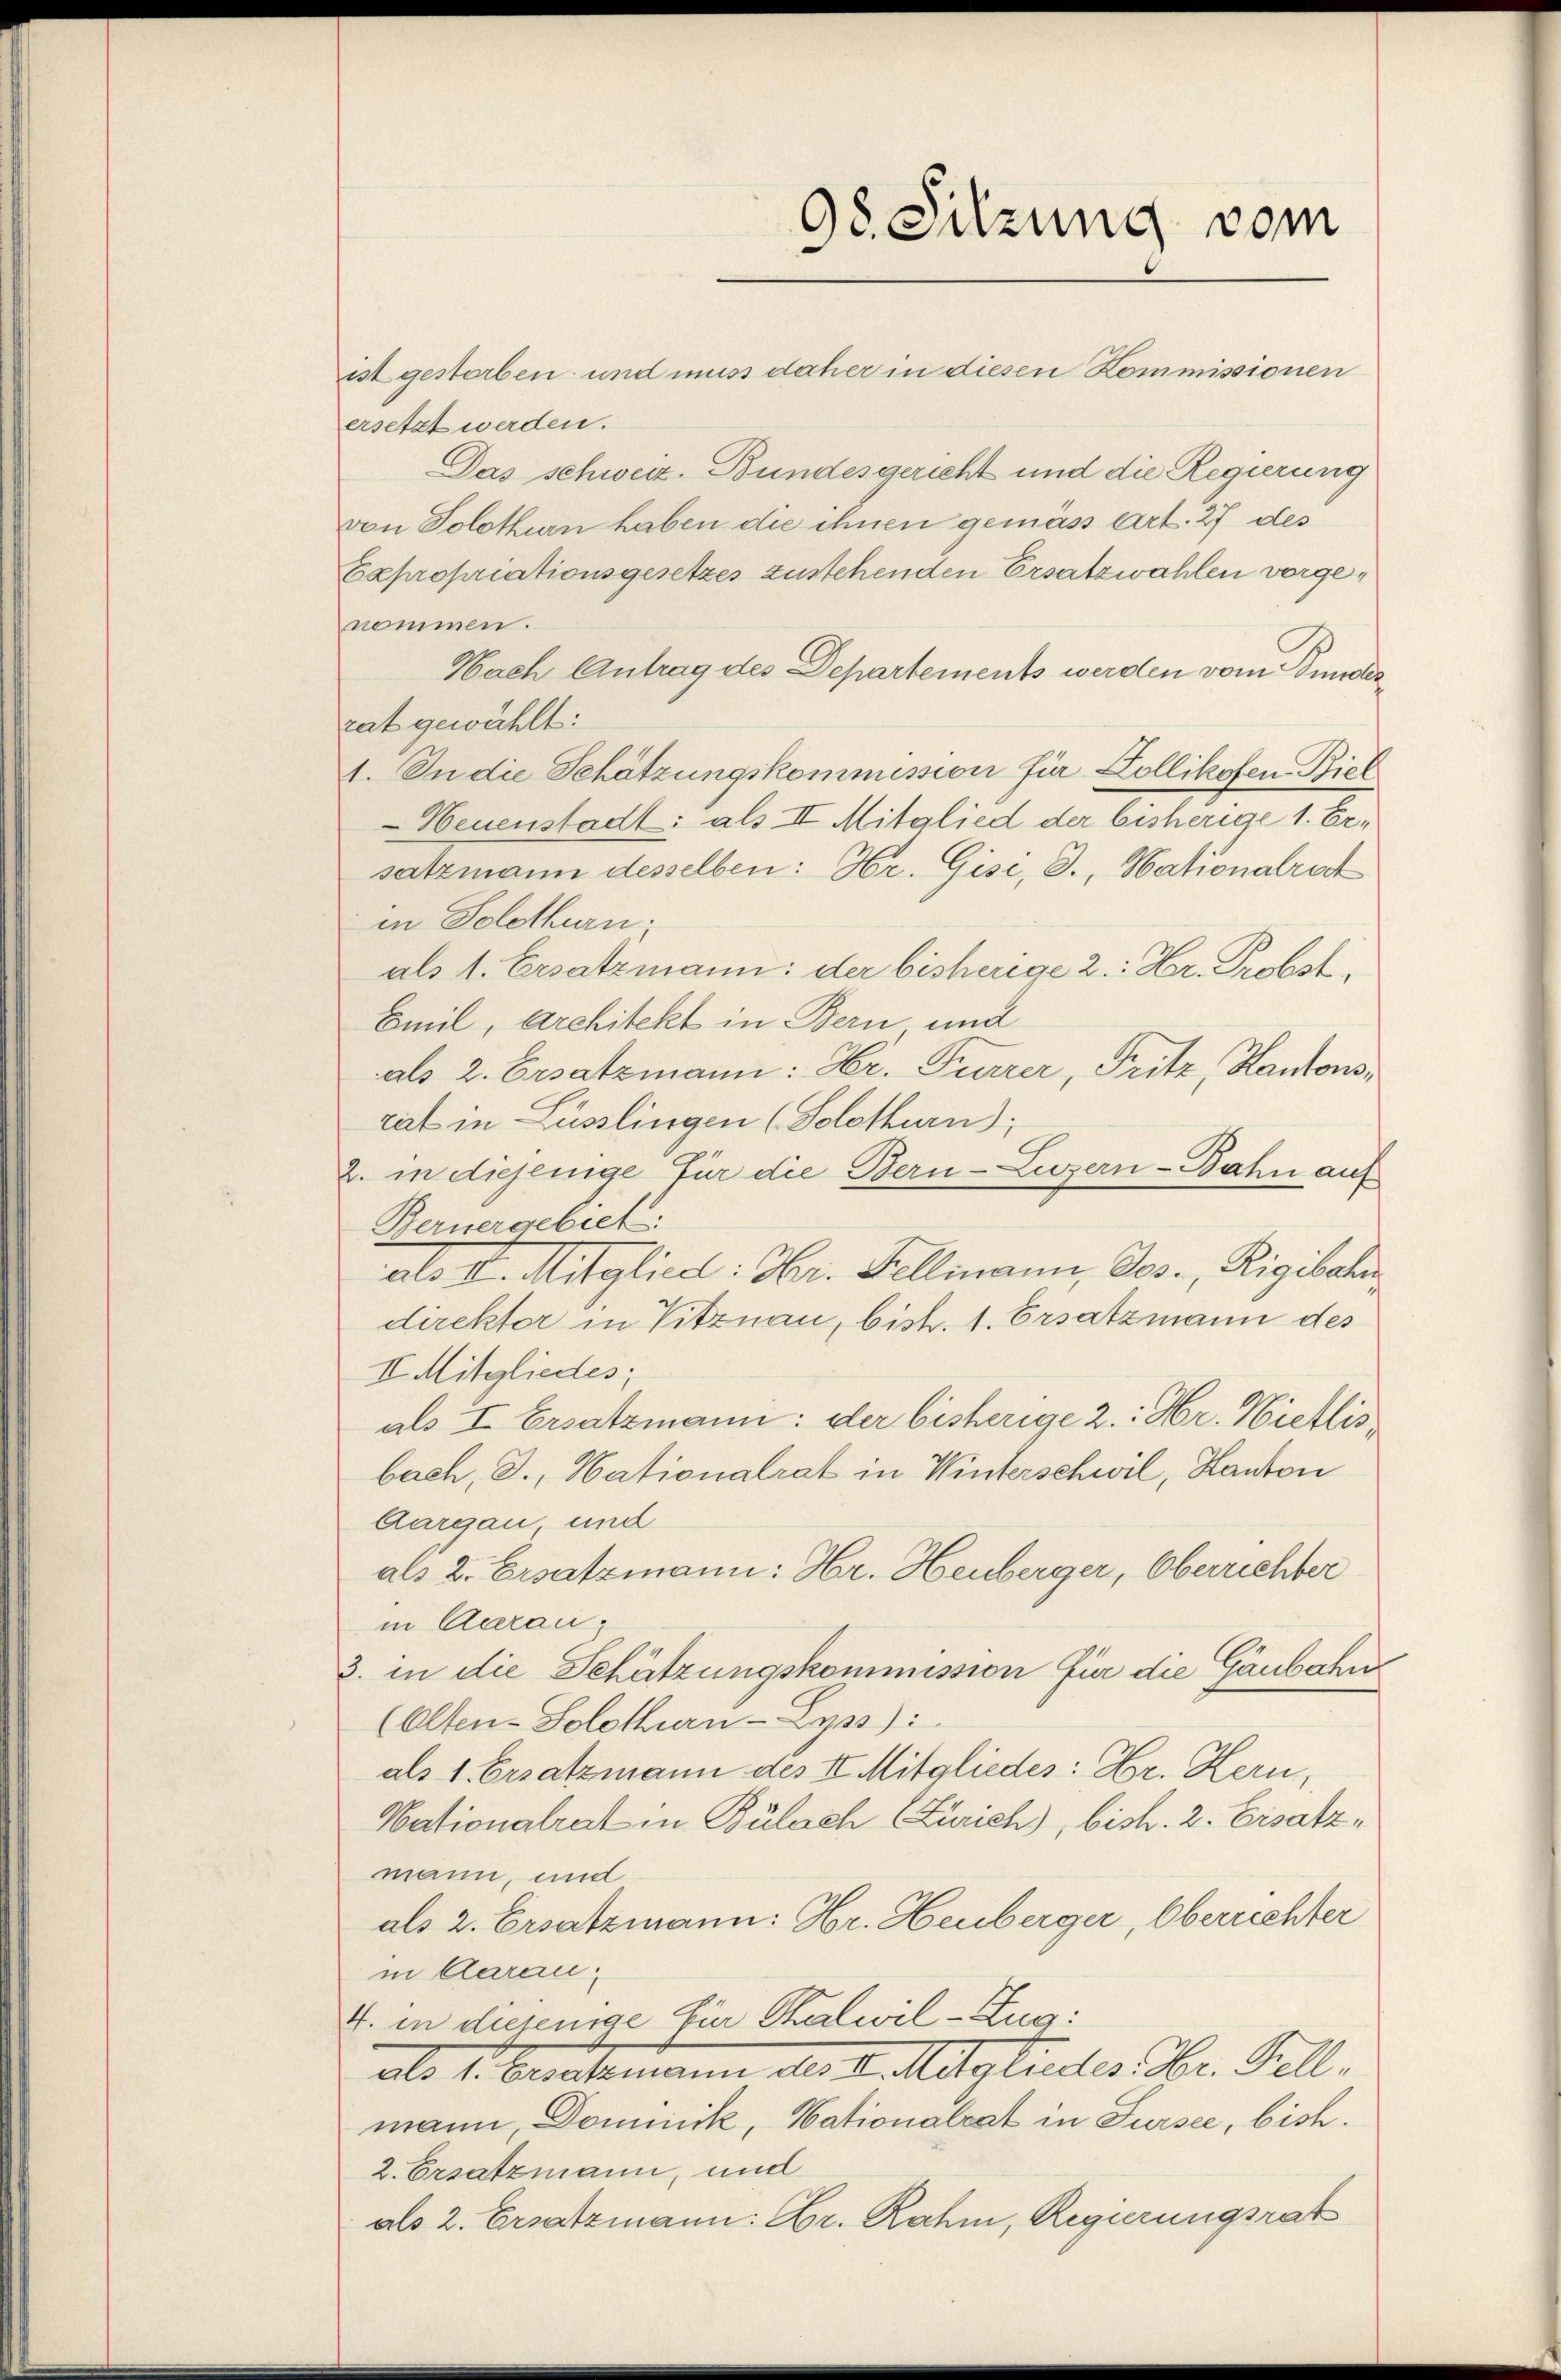
ist gestorben und muss daher in diesen Kommissionen
ersetzt werden.
Das schweiz. Bundesgericht und die Regierung
von Solothurn haben die ihnen gemäss Art. 27 des
Expropriationsgesetzes zustehenden Ersatzwahlen vorgenommen.
Nach Antrag des Departements werden vom Bundes
rat gewählt:
1. In die Schätzungskommission für Kollikofen. Biel
 Neuenstadt: als II Mitglied der bisherige 1. Ersatzmann desselben: Hr. Gise, I., Nationalrat
in Solothurn,
als 1. Ersatzmann: der bisherige 2: Hr. Probst,
Emil, Architekt in Bern und
als 2. Ersatzmann: Hr. Furrer, Fritz, Kantonsrat in Lüsslingen (Solothurn);
2. in diejenige für die Bern-Luzern-Bahn auf
Bernergebiet:
alo V. Mitglied: Hr. Fellmann, Jos. Rigibali
direktor in Vitznau, bish. 1. Ersatzmann des
II. Mitgliedes;
als I Ersatzmann: der bisherige 2.: Hr. Nietlisbach, J., Nationalrat in Winterschwil, Kanton
Aargau, und
als 2. Ersatzmann: Hr. Heuberger, Oberrichter
in Aerau¬
3. in die Schätzungskommission für die Gänbahn
(Olten-Solothurn - Lyss):
als 1. Ersatzmann des II. Mitgliedes: Hr. Kern,
Nationalrat in Bülach (Zürich), bish. 2. Ersatzmann, und
als 2. Ersatzmann: Hr. Heuberger, Oberrichter
in Aarau,
4. in diejenige Eier Thalwil-Zug:
als 1. Durchmann des v. Mitgliedes Dr. Fall,
mann, Dominik, Nationalrat in Fursee, bish
2. Ersatzmann, und
als 2. Ersatzmann: Gr. Rahm, Regierungsrat

38. Sitzung vom